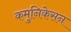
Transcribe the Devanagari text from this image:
कमुनिकेसन